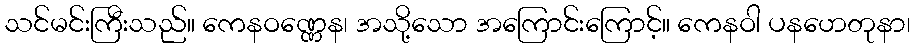
သင်မင်းကြီးသည်။ ကေနဝဏ္ဏေန၊ အသို့သော အကြောင်းကြောင့်။ ကေနဝါ ပနဟေတုနာ၊